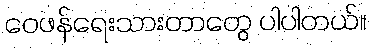
ဝေဖန်ရေးသားတာတွေ ပါပါတယ်။